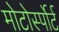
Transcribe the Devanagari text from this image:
मोटोर्स्पोर्ट